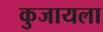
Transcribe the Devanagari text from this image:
कुजायला